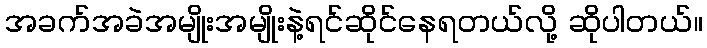
အခက်အခဲအမျိုးအမျိုးနဲ့ရင်ဆိုင်နေရတယ်လို့ ဆိုပါတယ်။